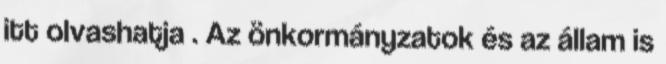
itt olvashatja . Az önkormányzatok és az állam is